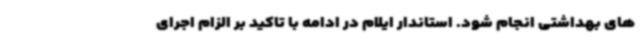
های بهداشتی انجام شود. استاندار ایلام در ادامه با تاکید بر الزام اجرای